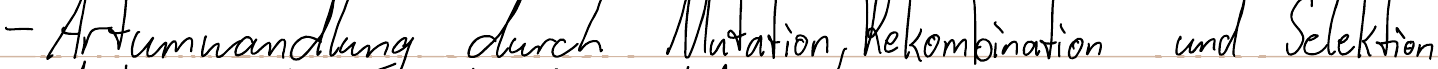
- Artumwandlung durch Mutation, Rekombination und Selektion